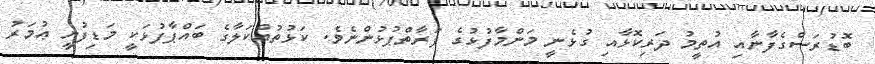
ބޮޑުރަސްގެފާނާއި އުތީމު ދަރިކޮޅާއި ގުޅެނީ މަންމާފުޅުގެ ފަރާތްޕުޅުންނެވެ. ކަޅުތުއްކަލާގެ ބައްޕާފުޅަކީ މަޑިފުށީ ޢުމަރު